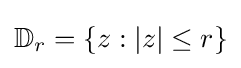
\mathbb {D} _{r}=\{z:|z|\leq r\}